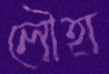
লৌহা